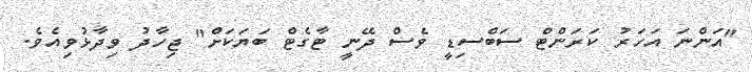
"އަންނަ އަހަރު ކަރަންޓް ސަބްސިޑީ ވެސް ދޭނީ ޓާގެޓް ބަޔަކަށް" ޖިހާދު ވިދާޅުވިއެވެ.